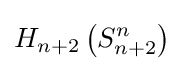
H_{n+2}\left(S_{n+2}^{n}\right)